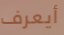
أيعرف